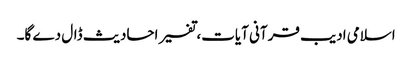
اسلامی ادیب قرآنی آیات، تفسیر احادیث ڈال دے گا۔